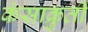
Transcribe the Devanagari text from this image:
कंसाक्रुती